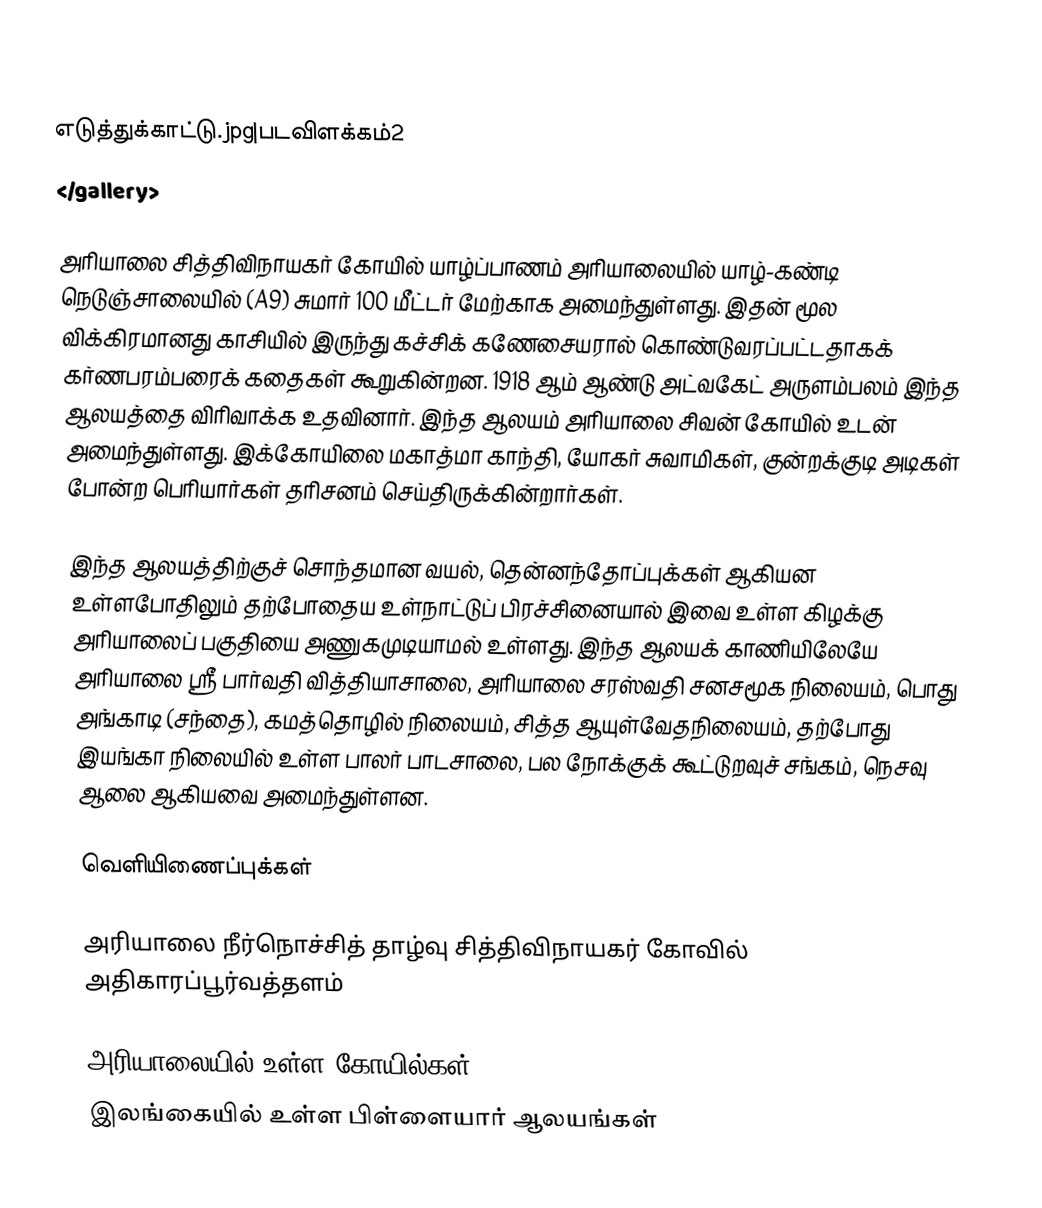
</gallery>
எடுத்துக்காட்டு.jpg|படவிளக்கம்2
</gallery>

அரியாலை சித்திவிநாயகர் கோயில் யாழ்ப்பாணம் அரியாலையில் யாழ்-கண்டி நெடுஞ்சாலையில் (A9) சுமார் 100 மீட்டர் மேற்காக அமைந்துள்ளது. இதன் மூல விக்கிரமானது காசியில் இருந்து கச்சிக் கணேசையரால் கொண்டுவரப்பட்டதாகக் கர்ணபரம்பரைக் கதைகள் கூறுகின்றன. 1918 ஆம் ஆண்டு அட்வகேட் அருளம்பலம் இந்த ஆலயத்தை விரிவாக்க உதவினார். இந்த ஆலயம் அரியாலை சிவன் கோயில் உடன் அமைந்துள்ளது. இக்கோயிலை மகாத்மா காந்தி, யோகர் சுவாமிகள், குன்றக்குடி அடிகள் போன்ற பெரியார்கள் தரிசனம் செய்திருக்கின்றார்கள்.

இந்த ஆலயத்திற்குச் சொந்தமான வயல், தென்னந்தோப்புக்கள் ஆகியன உள்ளபோதிலும் தற்போதைய உள்நாட்டுப் பிரச்சினையால் இவை உள்ள கிழக்கு அரியாலைப் பகுதியை அணுகமுடியாமல் உள்ளது. இந்த ஆலயக் காணியிலேயே அரியாலை ஸ்ரீ பார்வதி வித்தியாசாலை, அரியாலை சரஸ்வதி சனசமூக நிலையம், பொது அங்காடி (சந்தை), கமத்தொழில் நிலையம், சித்த ஆயுள்வேதநிலையம், தற்போது இயங்கா நிலையில் உள்ள பாலர் பாடசாலை, பல நோக்குக் கூட்டுறவுச் சங்கம், நெசவு ஆலை ஆகியவை அமைந்துள்ளன.

வெளியிணைப்புக்கள்

அரியாலை நீர்நொச்சித் தாழ்வு சித்திவிநாயகர் கோவில்  அதிகாரப்பூர்வத்தளம்

அரியாலையில் உள்ள கோயில்கள்
இலங்கையில் உள்ள பிள்ளையார் ஆலயங்கள்